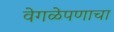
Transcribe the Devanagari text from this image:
वेगळेपणाचा